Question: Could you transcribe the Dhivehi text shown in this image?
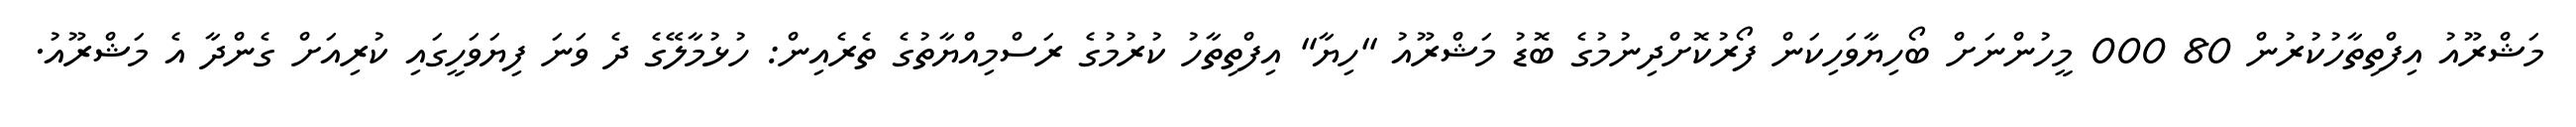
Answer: މަޝްރޫއު އިފްތިތާހުކުރުން 80 000 މީހުންނަށް ބޯހިޔާވަހިކަން ފޯރުކޮށްދިނުމުގެ ބޮޑު މަޝްރޫއު "ހިޔާ" އިފްތިތާހު ކުރުމުގެ ރަސްމިއްޔާތުގެ ތެރެއިން: ހުޅުމާލޭގެ ދެ ވަނަ ފިޔަވަހީގައި ކުރިއަށް ގެންދާ އެ މަޝްރޫއު.